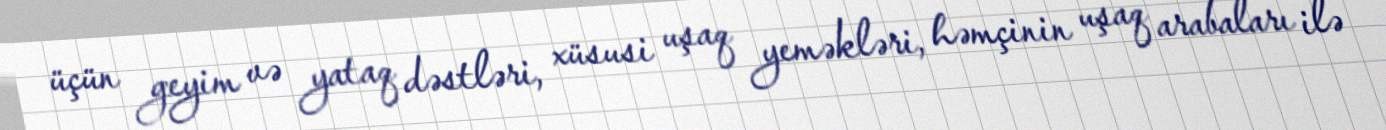
üçün geyim və yataq dəstləri, xüsusi uşaq yeməkləri, həmçinin uşaq arabaları ilə